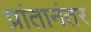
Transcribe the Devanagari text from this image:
प्रांतानंतर